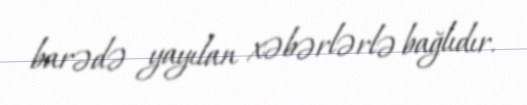
barədə yayılan xəbərlərlə bağlıdır.